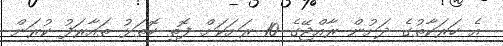
އެ ހަރަކާތުގެ ދަށުން ރާއްޖޭގެ 10 ރަށަކަށް ފޮތި ކޮތަޅު ތައާރަފު ކުރަން